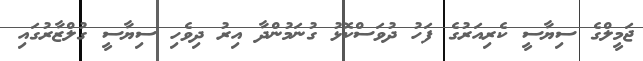
ޖަމީލްގެ ސިޔާސީ ކެރިއަރުގެ ފަހު ދުވަސްކޮޅު ގުނަމުންދާ އިރު ދިވެހި ސިޔާސީ ގުލްޒާރުގައި